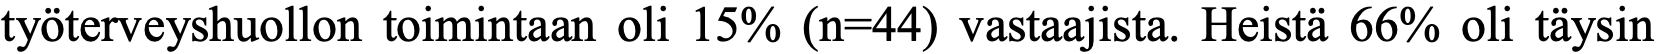
työterveyshuollon toimintaan oli 15% (n=44) vastaajista. Heistä 66% oli täysin